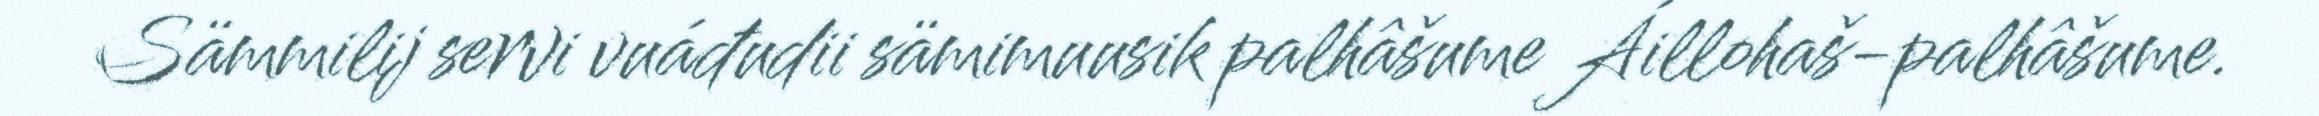
Sämmilij servi vuáđudii sämimuusik palhâšume Áillohaš-palhâšume.